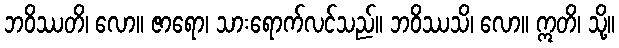
ဘဝိဿတိ၊ လော။ ဇာရော၊ သားရောက်လင်သည်။ ဘဝိဿသိ၊ လော။ ဣတိ၊ သို့။